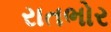
રાતભોર